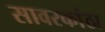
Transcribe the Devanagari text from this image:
सावरकांठा